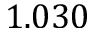
1 . 0 3 0